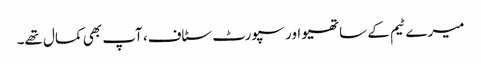
میرے ٹیم کے ساتھیو اور سپورٹ سٹاف، آپ بھی کمال تھے۔